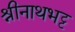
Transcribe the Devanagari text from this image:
श्रीनाथभट्ट